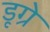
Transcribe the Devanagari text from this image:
डूग्रे